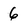
Character: 6